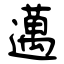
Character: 邁